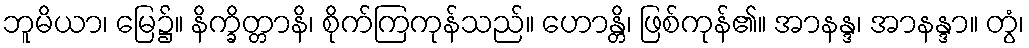
ဘူမိယာ၊ မြေ၌။ နိက္ခိတ္တာနိ၊ စိုက်ကြကုန်သည်။ ဟောန္တိ၊ ဖြစ်ကုန်၏။ အာနန္ဒ၊ အာနန္ဒာ။ တွံ၊